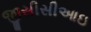
જીસીસીઆઇ